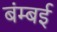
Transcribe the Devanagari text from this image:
बंम्बई